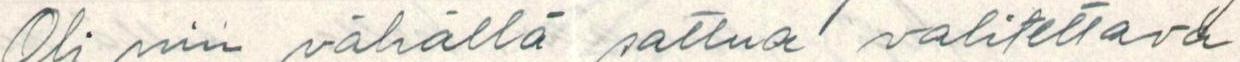
Oli niin vähällä sattua valitettava